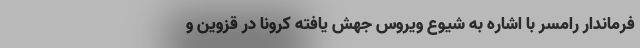
فرماندار رامسر با اشاره به شیوع ویروس جهش یافته کرونا در قزوین و